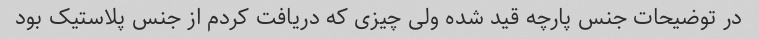
در توضیحات جنس پارچه قید شده ولی چیزی که دریافت کردم از جنس پلاستیک بود